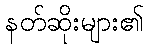
နတ်ဆိုးများ၏